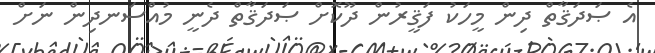
އެ ޞަދަޤާތް ދިން މީހަކު ފަޤީރުން ދޫކޮށް ޞަދަޤާތް ދެނީ މުއްސަނދިން ނަށް